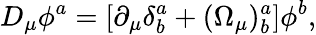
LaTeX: D_{\mu}\phi^{a}=[\partial_{\mu}\delta_{b}^{a}+(\Omega_{\mu})_{b}^{a}]\phi^{b},